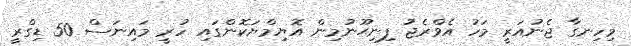
މިހިނގާ ޖެނުއަރީ މަހު އެވްރެޖު ފިނިޙޫނުމިން އޮޔިމްޔަކޮންގައި ހުރީ މައިނަސް 50 ޑިގްރީ